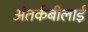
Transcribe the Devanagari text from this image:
अंतर्कबीलाई